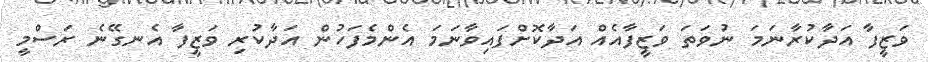
ވަޒީފާ އަދާކުރާނަމަ ނުވަތަ ވަޒީފާއެއް އަދާކޮށްފައިވާނަމަ އެންމެފަހުން އަދާކުރި ވަޒީފާ އެނގޭނެ ރަސްމީ